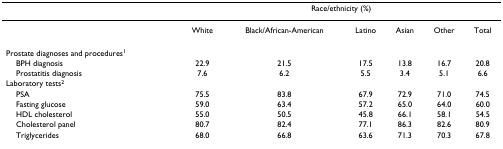
<table><thead><tr><td></td><td colspan="6"><b>Race/ethnicity (%)</b></td></tr></thead><tbody><tr><td></td><td>White</td><td>Black/African-American</td><td>Latino</td><td>Asian</td><td>Other</td><td>Total</td></tr><tr><td>Prostate diagnoses and procedures<sup>1</sup></td><td></td><td></td><td></td><td></td><td></td><td></td></tr><tr><td> BPH diagnosis</td><td>22.9</td><td>21.5</td><td>17.5</td><td>13.8</td><td>16.7</td><td>20.8</td></tr><tr><td> Prostatitis diagnosis</td><td>7.6</td><td>6.2</td><td>5.5</td><td>3.4</td><td>5.1</td><td>6.6</td></tr><tr><td>Laboratory tests<sup>2</sup></td><td></td><td></td><td></td><td></td><td></td><td></td></tr><tr><td> PSA</td><td>75.5</td><td>83.8</td><td>67.9</td><td>72.9</td><td>71.0</td><td>74.5</td></tr><tr><td> Fasting glucose</td><td>59.0</td><td>63.4</td><td>57.2</td><td>65.0</td><td>64.0</td><td>60.0</td></tr><tr><td> HDL cholesterol</td><td>55.0</td><td>50.5</td><td>45.8</td><td>66.1</td><td>58.1</td><td>54.5</td></tr><tr><td> Cholesterol panel</td><td>80.7</td><td>82.4</td><td>77.1</td><td>86.3</td><td>82.6</td><td>80.9</td></tr><tr><td> Triglycerides</td><td>68.0</td><td>66.8</td><td>63.6</td><td>71.3</td><td>70.3</td><td>67.8</td></tr></tbody></table>